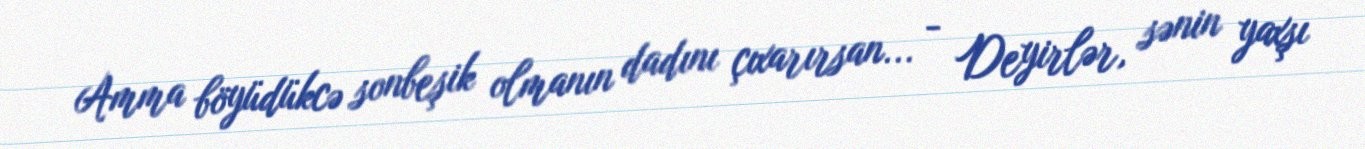
Amma böyüdükcə sonbeşik olmanın dadını çıxarırsan... - Deyirlər, sənin yaxşı